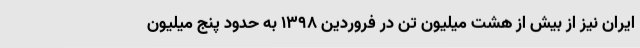
ایران نیز از بیش از هشت میلیون تن در فروردین 1398 به حدود پنج میلیون